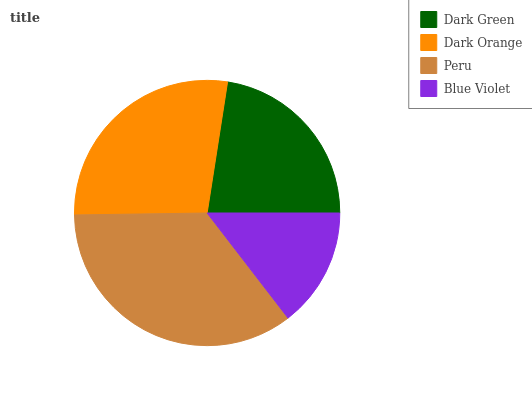
| Dark Green | Dark Orange | Peru | Blue Violet |
 | --- | --- | --- | --- |
 | 22.6% | 27.7% | 35.2% | 14.5% |